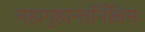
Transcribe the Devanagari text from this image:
महागुहान्तर्निक्षिप्तः